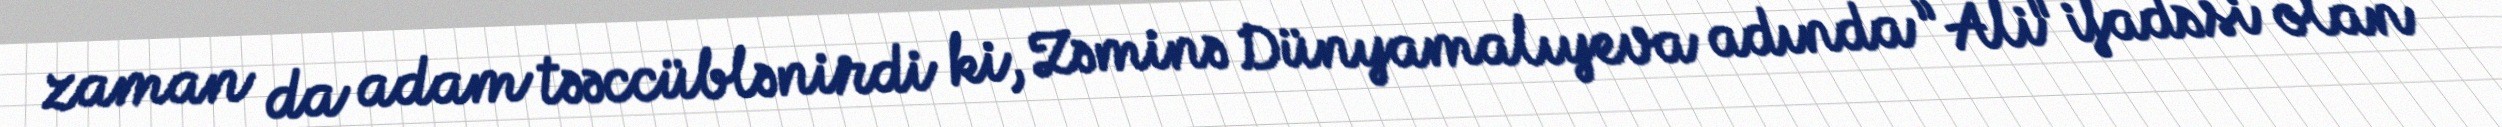
zaman da adam təəccüblənirdi ki, Zəminə Dünyamalıyeva adında ”Ali" ifadəsi olan